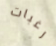
رغبات